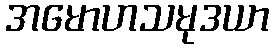
အမောဟသမုဒယာ